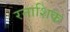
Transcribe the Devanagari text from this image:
रनाशिक